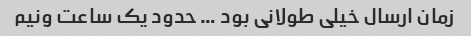
زمان ارسال خیلی طولانی بود … حدود یک ساعت ونیم